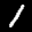
Label: 1